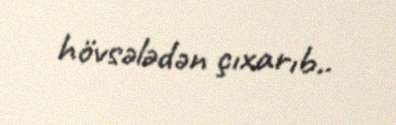
hövsələdən çıxarıb..